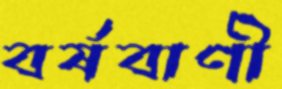
বর্ষবাণী